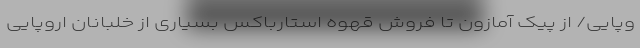
وپایی/ از پیک آمازون تا فروش قهوه استارباکس بسیاری از خلبانان اروپایی